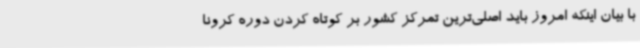
با بیان اینکه امروز باید اصلی‌ترین تمرکز کشور بر کوتاه کردن دوره کرونا